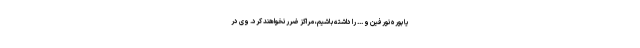
یا بوره نورفین و ... را داشته باشیم، مراکز ضرر نخواهند کرد. وی در